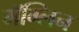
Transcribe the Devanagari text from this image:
मॅग्लिन